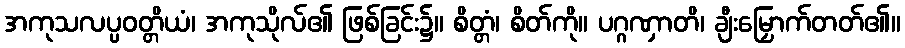
အကုသလပ္ပဝတ္တိယံ၊ အကုသိုလ်၏ ဖြစ်ခြင်း၌။ စိတ္တံ၊ စိတ်ကို။ ပဂ္ဂဏှာတိ၊ ချီးမြှောက်တတ်၏။